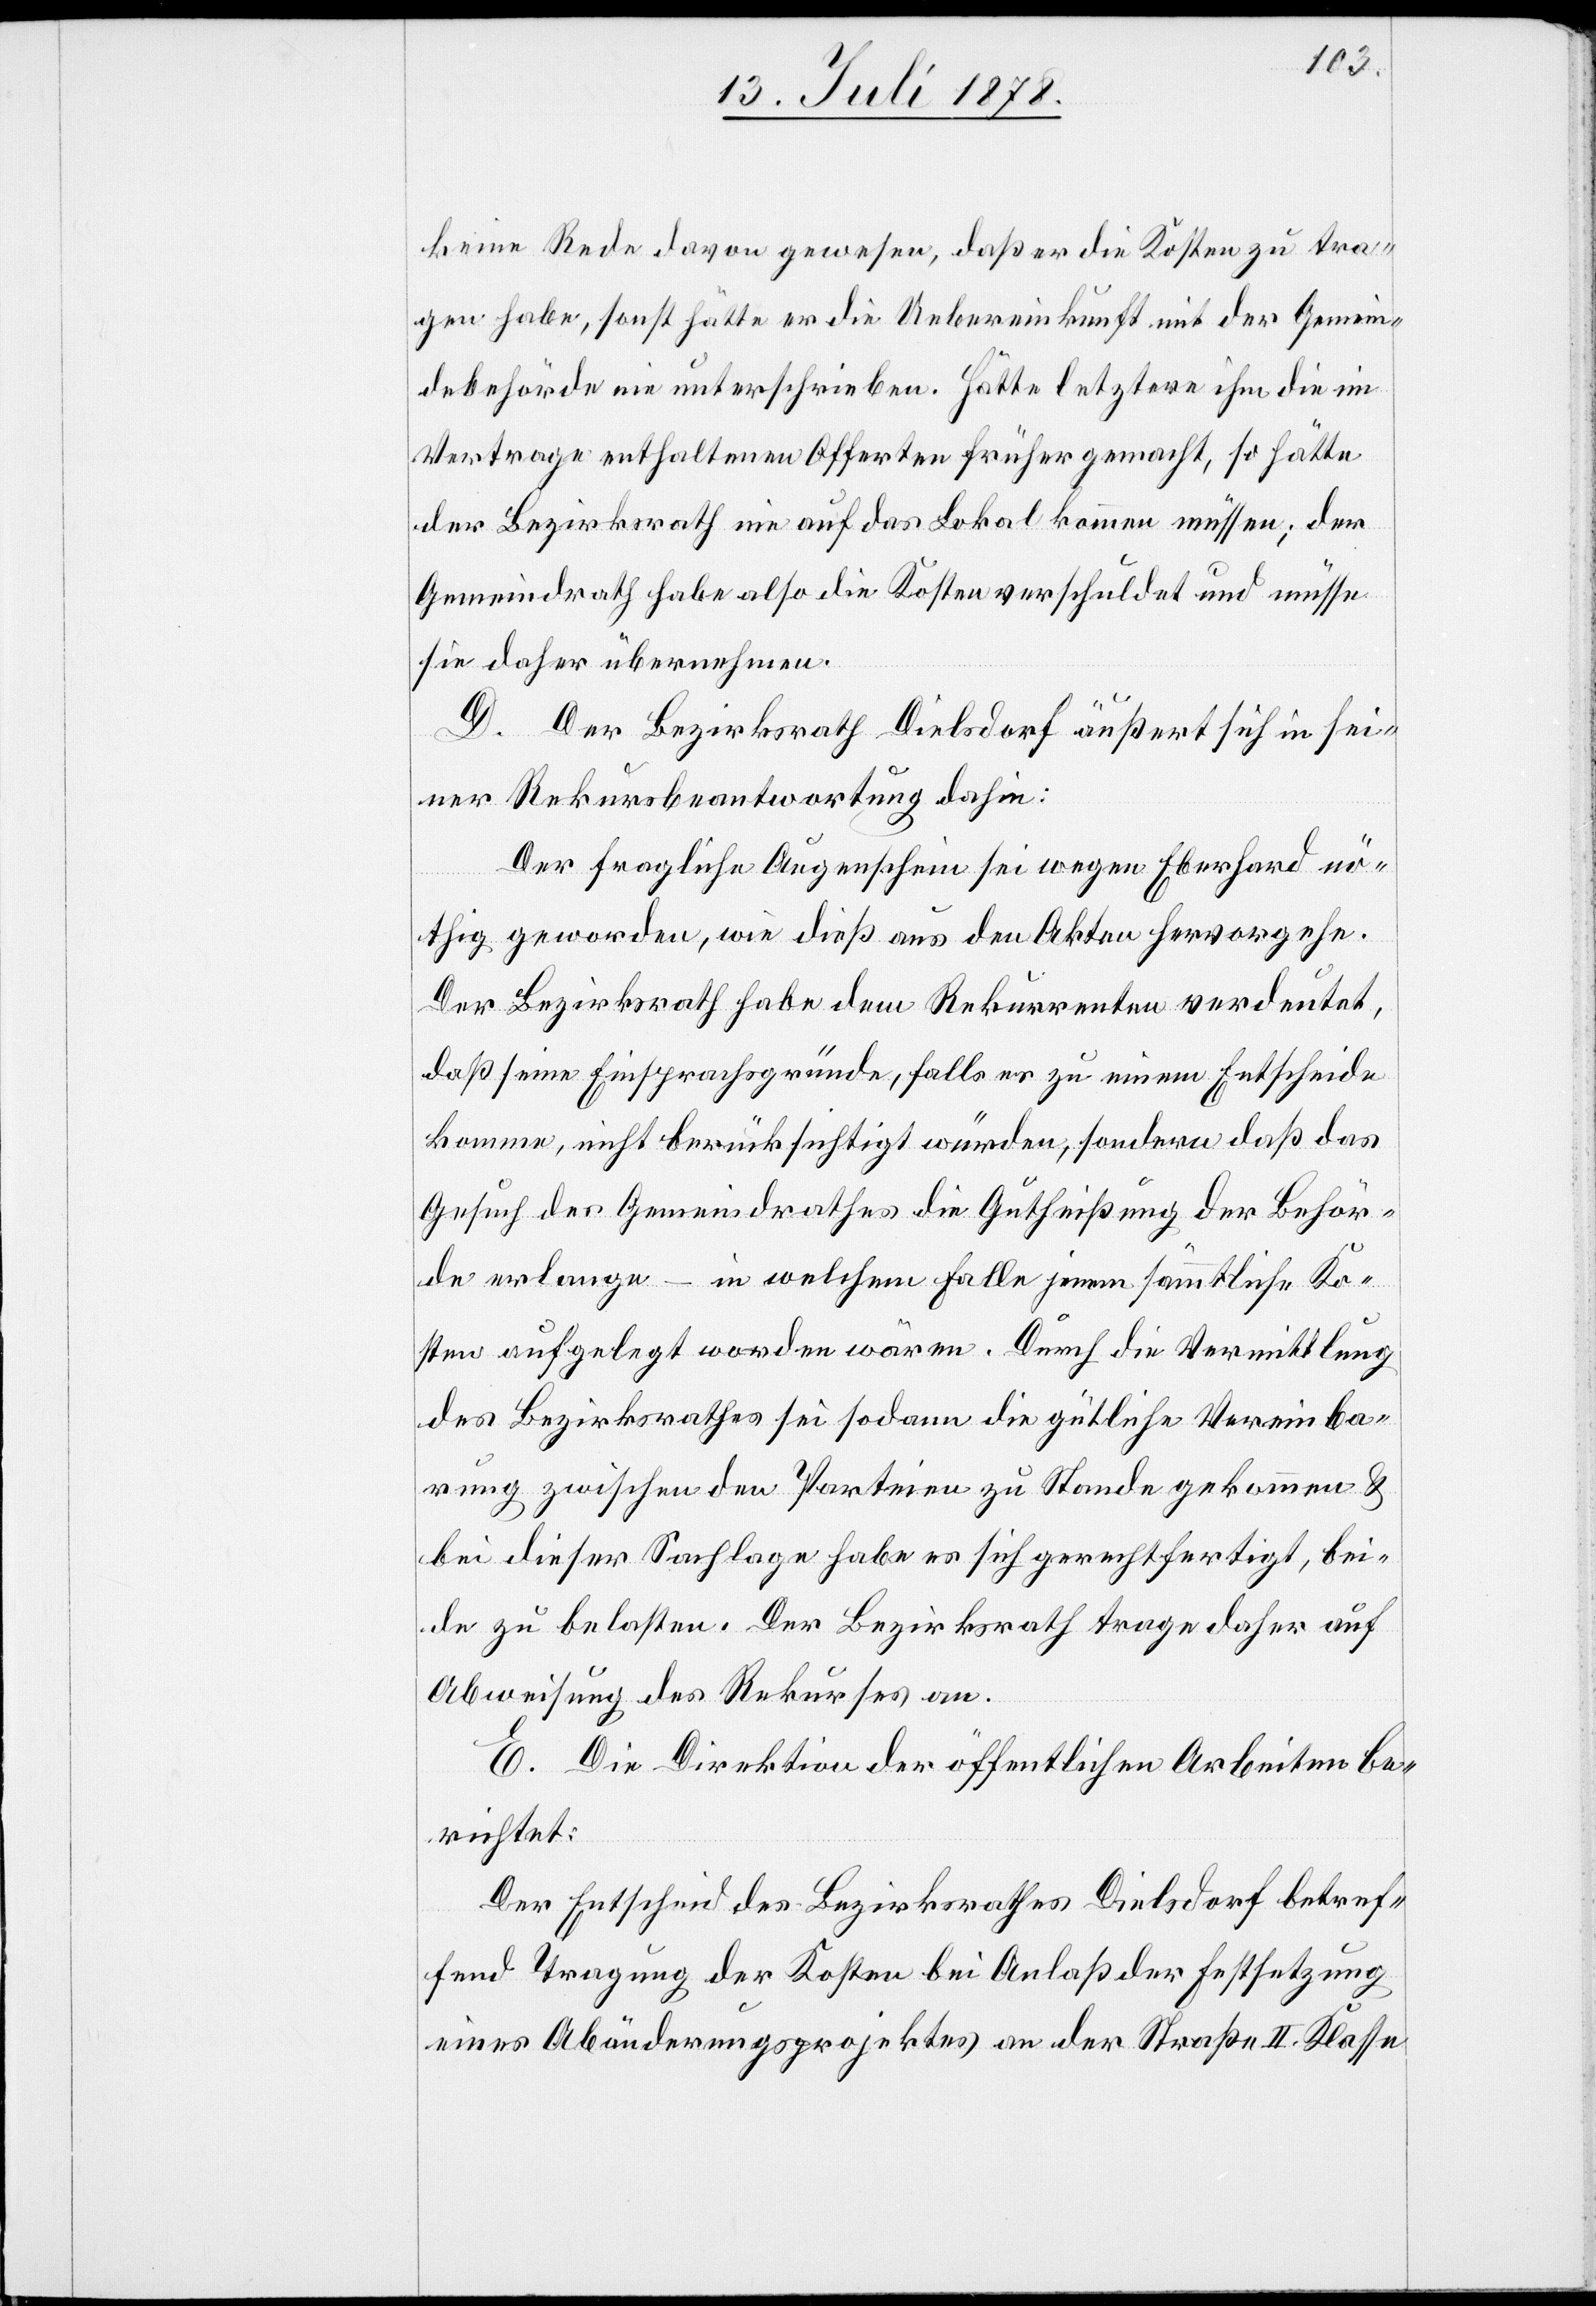
keine Rede davon gewesen, daß er die Kosten zu tra¬
gen habe, sonst hätte er die Uebereinkunft mit der Gemein¬
debehörde nie unterschrieben. Hätte letztere ihm die im
Vertrage enthaltene Offerte früher gemacht, so hätte
der Bezirksrath nie auf das Lokal kommen müssen; der
Gemeindrath habe also die Kosten verschuldet und müsse
sie daher übernehmen.
D. Der Bezirksrath Dielsdorf äußert sich in sei¬
ner Rekursbeantwortung dahin:
Der fragliche Augenschein sei wegen Eberhard nö¬
thig geworden, wie dieß aus den Akten hervorgehe.
Der Bezirksrath habe dem Rekurrenten verdeutet,
daß seine Einsprachsgründe, falls es zu einem Entscheide
komme, nicht berücksichtigt würden, sondern daß das
Gesuch des Gemeindrathes die Gutheißung der Behör¬
de erlange – in welchem Falle jenen sämmtliche Ko¬
sten aufgelegt worden wären. Durch die Vermittlung
des Bezirksrathes sei sodann die gütliche Vereinba¬
rung zwischen den Parteien zu Stande gekommen &
bei dieser Sachlage habe es sich gerechtfertigt, bei¬
de zu belasten. Der Bezirksrath trage daher auf
Abweisung des Rekurses an.
E. Die Direktion der öffentlichen Arbeiten be¬
richtet:
Der Entscheid des Bezirksrathes Dielsdorf betref¬
fend Tragung der Kosten bei Anlaß der Festsetzung
eines Abänderungsprojektes an der Straße II. Klasse